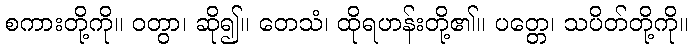
စကားတို့ကို။ ဝတွာ၊ ဆို၍။ တေသံ၊ ထိုရဟန်းတို့၏။ ပတ္တေ၊ သပိတ်တို့ကို။